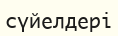
сүйелдері